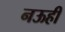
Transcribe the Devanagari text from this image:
नऊही